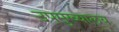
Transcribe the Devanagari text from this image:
उपमुख्यालय